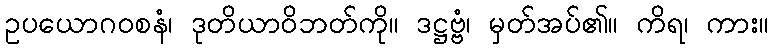
ဥပယောဂဝစနံ၊ ဒုတိယာဝိဘတ်ကို။ ဒဋ္ဌဗ္ဗံ၊ မှတ်အပ်၏။ ကိရ၊ ကား။